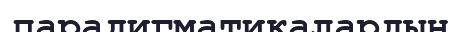
парадигматикалардың